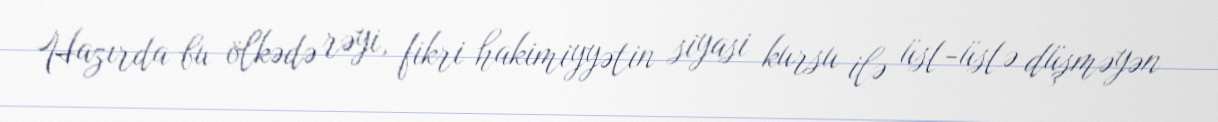
Hazırda bu ölkədə rəyi, fikri hakimiyyətin siyasi kursu ilə üst-üstə düşməyən